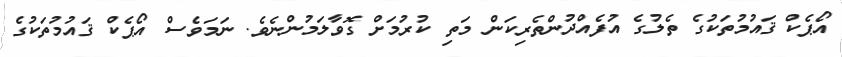
އޯޕެކް ޤައުމުތަކުގެ ތެލުގެ އުފެއްދުންތެރިކަން މަތި ކުރުމަށް ގޮވާލަމުންނެވެ. ނަމަވެސް އޯޕެކް ޤައުމުތަކުގެ